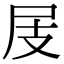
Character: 𡰸